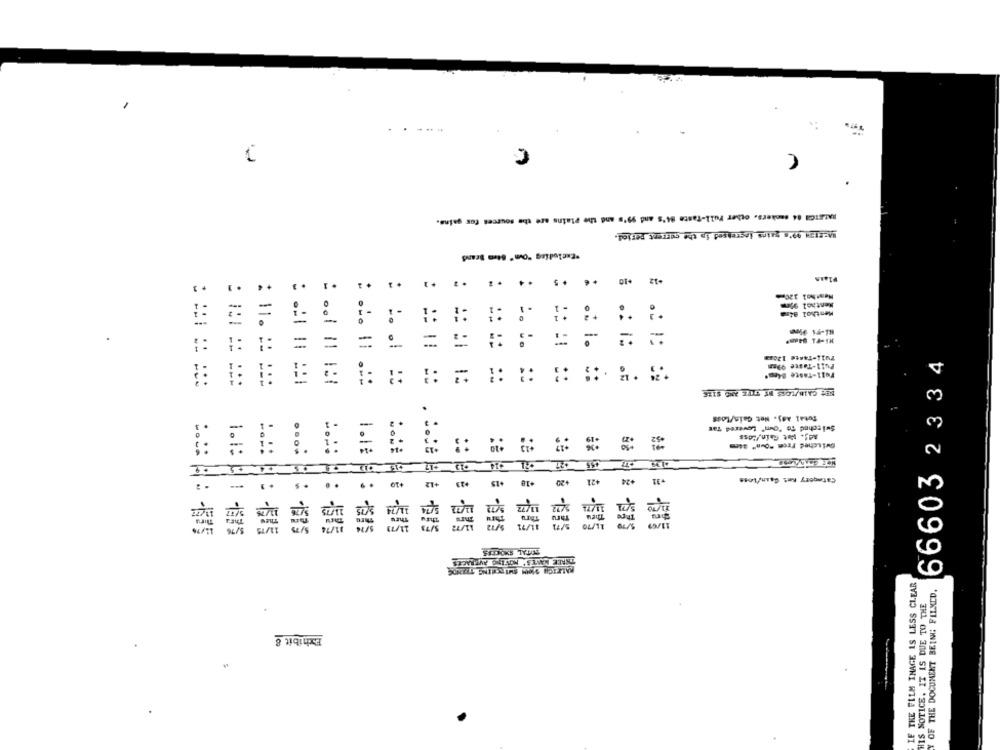
RALETCA 14 sankers. other Full-Taste 84's and 99's and the Plains are the sources for gains.
..
zt-
Menthol 99mm
Menthol B4ma
: -
::
#:
=
=
:: :
Full-Taste 99mm
66603 2334
1:
Total Adj. Net Gain/Loss
Adf. Het Gain,FLass
Switched From "Oun" 34mm
=
=
....
1.12
Category Ret Gaan/Loss
..
.
..
:. -.
::: : : - 505
:: el e -575
1.10 0 1 -1375
IF THE FILM INAGE IS LESS CLEAR
OF THE DOCUMENT BEING FILXLD.
HIS NOTICE. IT IS DUE TO THE
Exhibit &